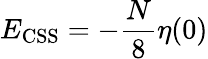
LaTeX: E_{\mathrm{CSS}}=-\frac{N}{8}\eta(0)